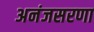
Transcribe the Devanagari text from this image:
अनंजसरणा